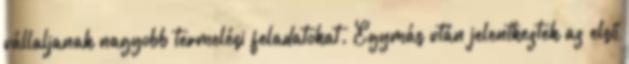
vállaljanak nagyobb termelési feladatokat. Egymás után jelentkeztek az első